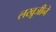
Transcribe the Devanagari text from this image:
लखूजीने